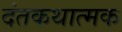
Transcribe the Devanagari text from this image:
दंतकथात्मक